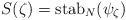
LaTeX: \begin{align*}S(\zeta) = \mathrm{stab}_N(\psi_\zeta)\end{align*}